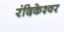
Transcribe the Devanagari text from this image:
रंदिकेश्वर